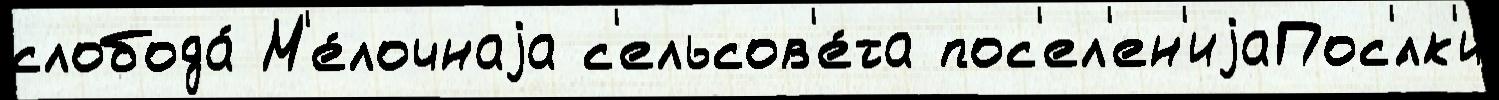
слобода́ М'е́лочнаjа с'ельсов'е́та пос'ел'ен'иjаПос'́лк'и